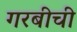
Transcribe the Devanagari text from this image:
गरबीची